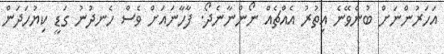
އަހަރުންނަށް ބުނެވޭނެ އިތުރު އެއްޗެއް ނޯންނާނެދޯ. ފާހާނައަށް ވެސް ހެނދުނު ގަޑީ ކިޔުހަދަން